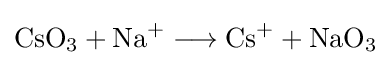
{\mathrm {CsO} {\vphantom {A}}_{\smash[{t}]{3}}{}+{}\mathrm {Na} {\vphantom {A}}^{+}{}\mathrel {\longrightarrow } {}\mathrm {Cs} {\vphantom {A}}^{+}{}+{}\mathrm {NaO} {\vphantom {A}}_{\smash[{t}]{3}}}